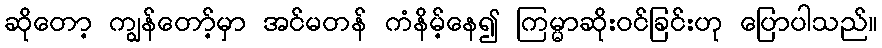
ဆိုတော့ ကျွန်တော့်မှာ အင်မတန် ကံနိမ့်နေ၍ ကြမ္မာဆိုးဝင်ခြင်းဟု ပြောပါသည်။